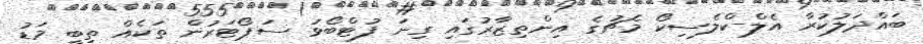
ބައްދަލުކުރާ އެލް-ކްލެސިކޯ މެޗުގެ އިންތިޒާރުގައި ގިނަ ފުޓްބޯޅަ ސަޕޯޓަރުން ތަކެއް ތިބީ މަޑު